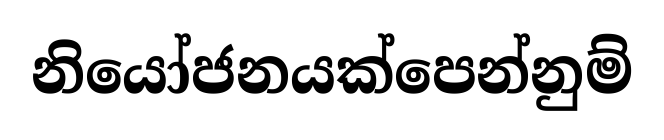
නියෝජනයක්පෙන්නුම්